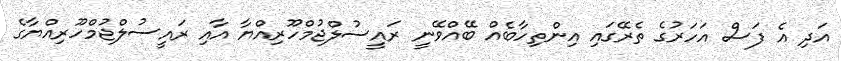
އަދި އެ ފަސް އަހަރުގެ ތެރޭގައި އިންތިހާބެއް ބޭއްވޭނީ ރައީސުލްޖުމްހޫރިއްޔާ އާއި ރައީސުލްޖުމްހޫރިއްޔާގެ